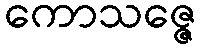
ကောသဇ္ဇေ